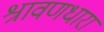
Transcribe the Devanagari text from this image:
श्रावणधारा